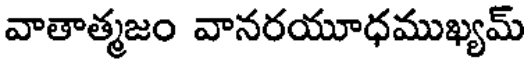
వాతాత్మజం వానరయూధముఖ్యమ్